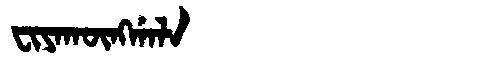
Manchu: ᠸᡳᠶᠠᡴᡡᠩᡤᠠᠯᠠ
Romanization: FIYAKŪNGGALA